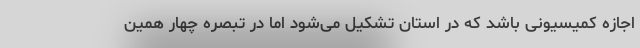
اجازه کمیسیونی باشد که در استان تشکیل می‌شود اما در تبصره چهار همین